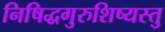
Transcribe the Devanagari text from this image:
निषिद्धगुरुशिष्यस्तु